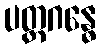
ပတ္တဂန္ဓေ